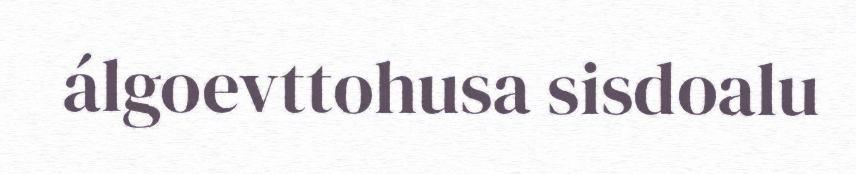
álgoevttohusa sisdoalu